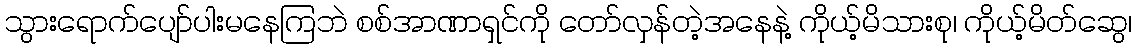
သွားရောက်ပျော်ပါးမနေကြဘဲ စစ်အာဏာရှင်ကို တော်လှန်တဲ့အနေနဲ့ ကိုယ့်မိသားစု၊ ကိုယ့်မိတ်ဆွေ၊